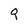
Character: q